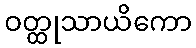
ဝတ္ထုသာယိကော